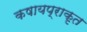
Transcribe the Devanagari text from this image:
कषायप्राकृत